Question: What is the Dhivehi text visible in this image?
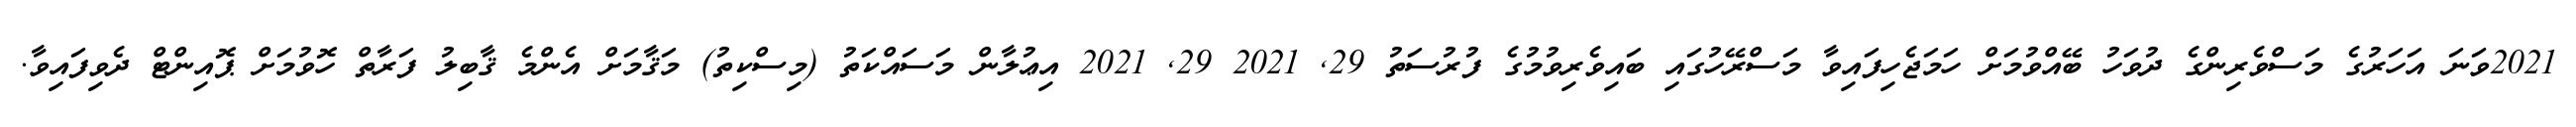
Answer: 2021ވަނަ އަހަރުގެ މަސްވެރިންގެ ދުވަހު ބޭއްވުމަށް ހަމަޖެހިފައިވާ މަސްރޭހުގައި ބައިވެރިވުމުގެ ފުރުސަތު 29, 2021 29, 2021 އިޢުލާން މަސައްކަތު (މިސްކިތު) މަޤާމަށް އެންމެ ޤާބިލު ފަރާތް ހޮވުމަށް ޕޮއިންޓް ދެވިފައިވާ.